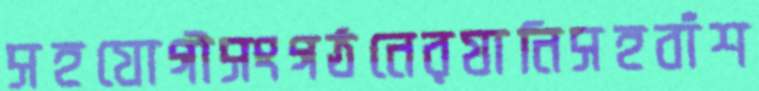
সহযোগীসংগঠনেরযানিসহবাঁশ